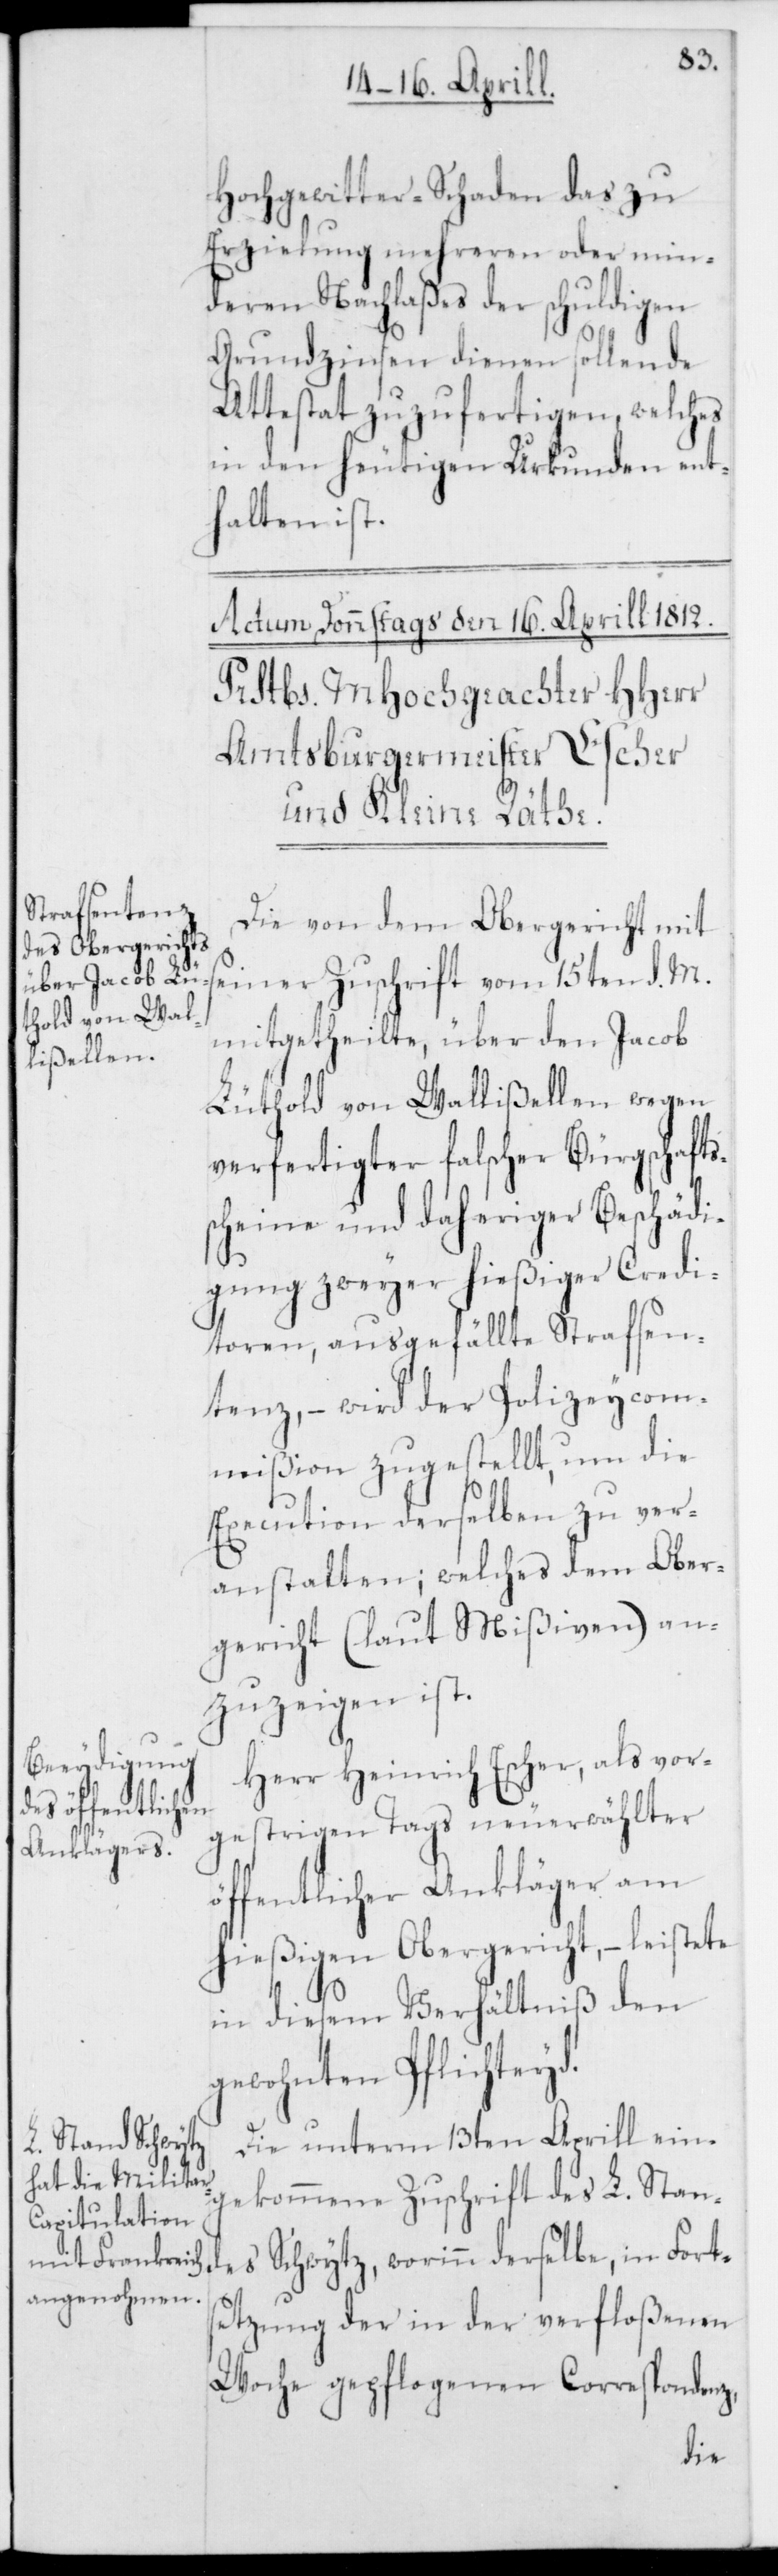
Hochgewitter-Schaden das zu
Erzielung mehreren oder min¬
deren Nachlaßes der schuldigen
Grundzinsen dienen sollende
Attestat zuzufertigen, welches
in den heutigen Urkunden ent¬
halten ist.
Die von dem Obergericht mit
seiner Zuschrift vom 15ten d. M.
mitgetheilte, über den Jacob
Lüthold von Wallißellen wegen
verfertigter falscher Bürgschaftß¬
cheine und daheriger Beschädi¬
gung zweyer hießiger Credi¬
toren, ausgefällte Strafsen¬
tenz, – wird der Polizeycom¬
mißion zugestellt, um die
Execution derselben zu ver¬
anstalten; welches dem Ober¬
gericht (laut Mißiven) an¬
zuzeigen ist.
Herr Heinrich Escher, als vor¬
gestrigen Tags neuerwählter
öffentlicher Ankläger am
hießigen Obergericht, – leistete
in diesem Verhältniß den
gewohnten Pflichteyd.
Die unterm 13ten Aprill ein¬
gekommene Zuschrift des L. Stan¬
des Schwytz, worinn derselbe in Fort¬
setzung der in der verfloßenen
Woche gepflogenen Correspondenz